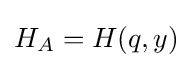
H_{A}=H(q,y)